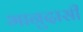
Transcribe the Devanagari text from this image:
भानुदासीं